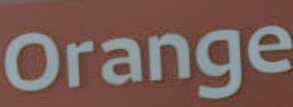
orange